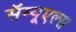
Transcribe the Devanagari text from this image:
सॅम्यूएल्स